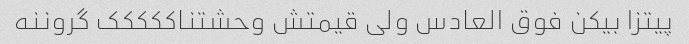
پیتزا بیکن فوق العادس ولی قیمتش وحشتناککککک گروننه